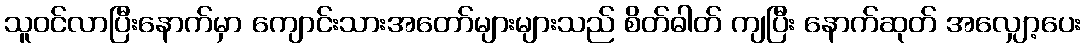
သူဝင်လာပြီးနောက်မှာ ကျောင်းသားအတော်များများသည် စိတ်ဓါတ် ကျပြီး နောက်ဆုတ် အလျှော့ပေး